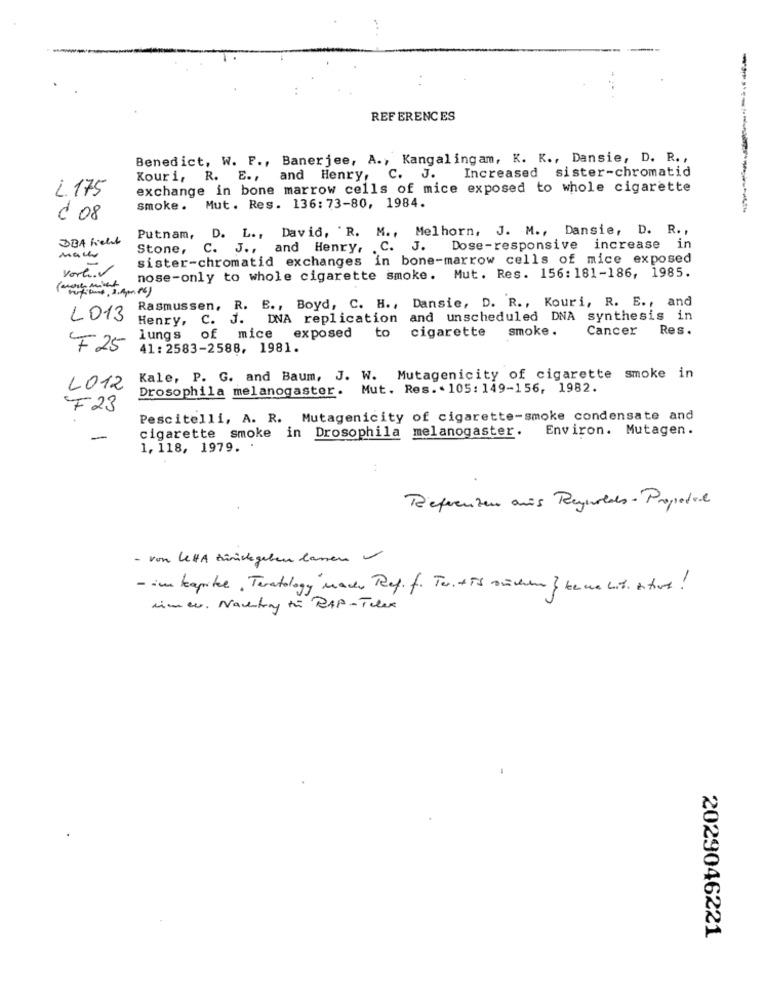
REFERENCES
Benedict, W. F ., Banerjee, A ., Kangal ingam, K. K ., Dansie, D. R .,
Increased sister-chromatid
Kouri, R. E ., and Henry,
C. J
L. 175
exchange in bone marrow cells of mice exposed to whole cigarette
smoke. Mut. Res. 136: 73-80, 1984.
¿ 08
D. L ., David, 'R. M ., Melhorn, J. M ., Dansie, D. R .,
DBA ficht
Putnam,
Stone,
C.
J ., and Henry, . C. J. Dose-responsive increase in
sister-chromatid exchanges in bone-marrow cells of mice exposed
vort.V
nose-only to whole cigarette smoke. Mut. Res. 156: 181-186, 1985.
Rasmussen, R. E ., Boyd, C. H ., Dansie, D. R ., Kouri, R. E ., and
L013
Henry, C. J.
DNA replication and unscheduled DNA synthesis in
of mice exposed to cigarette
smoke .
Cancer
Res.
lungs
F25
41 : 2583-2588, 1981.
Kale, P. G. and Baum, J. W. Mutagenicity of cigarette smoke in
LO12
Drosophila melanogaster. Mut. Res. 105: 149-156, 1982.
F23
Pescitelli, A. R. Mutagenicity of cigarette-smoke condensate and
cigarette smoke in Drosophila melanogaster. Environ. Mutagen.
-
1, 118, 1979.
Referenzen aus Reynolds - Proposal
- von lettA zürichgeben lassen 1
- in kapitel, Teratology mader Ref. f. Ter. + is suchen } bema bit stort !
Limer. Nachtry to RAP - Telex
2029046221